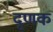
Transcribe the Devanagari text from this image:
दृणक